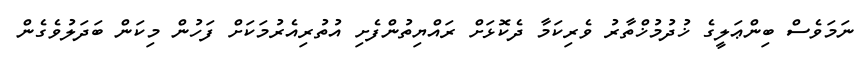
ނަމަވެސް ބިންޢަލީގެ ޚުދުމުޚްތާރު ވެރިކަމާ ދެކޮޅަށް ރައްޔިތުންފެށި އުތުރިއެރުމަކަށް ފަހުން މިކަން ބަދަލުވެގެން